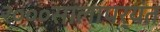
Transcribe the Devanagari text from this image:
२०००सालापर्यंत